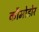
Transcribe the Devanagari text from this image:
कौमोडोर